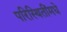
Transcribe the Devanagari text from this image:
परिस्थितींमधे